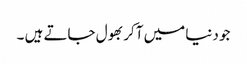
جو دنیا میں آکر بھول جاتے ہیں ۔